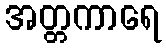
အတ္တကာရေ